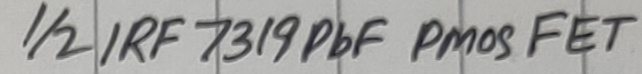
Text: 1/2 IRF 7319PbF PMOS FET